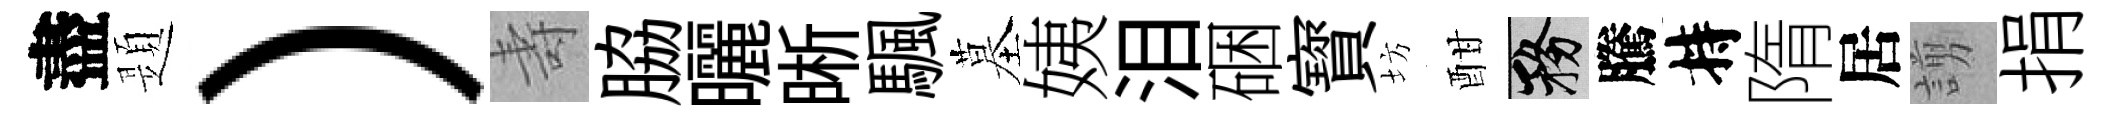
盡題）壽脇曬晰颿墓姨泪硱寳坊酣務騰持隋居謭捐